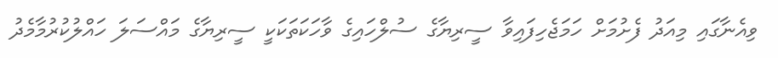
ވިއެނާގައި މިއަދު ފެށުމަށް ހަމަޖެހިފައިވާ ސީރިޔާގެ ސުލްހައިގެ ވާހަކަތަކަކީ ސީރިޔާގެ މައްސަލަ ހައްލުކުރުމާމެދު